Report on vaccination proceedings throughout the Government of Bengal -
Year: 1868
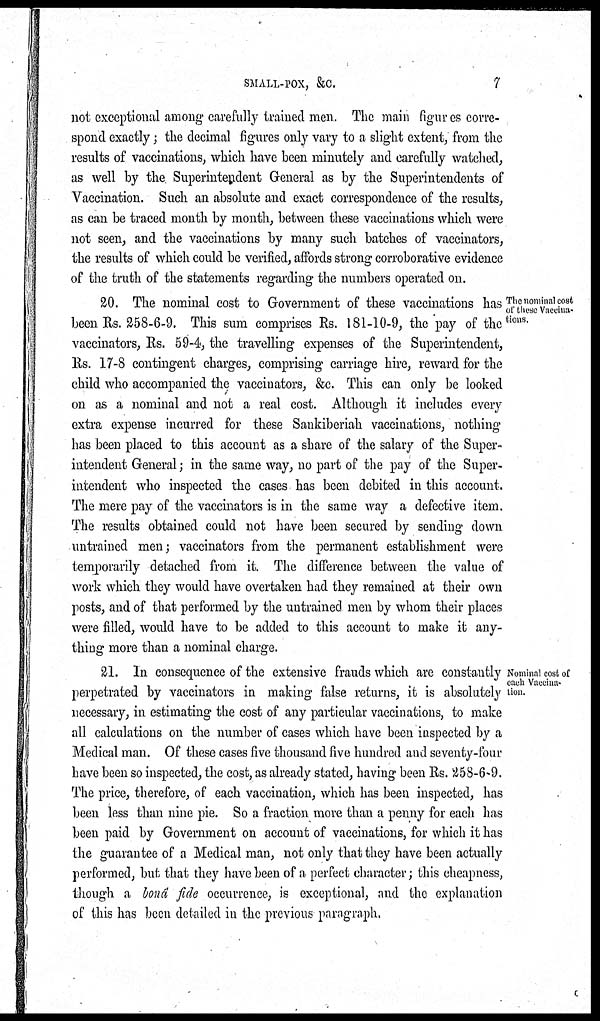
SMALL-POX, &C.
7
not exceptional among carefully trained men. The main figures corre-
spond exactly; the decimal figures only vary to a slight extent, from the
results of vaccinations, which have been minutely and carefully watched,
as well by the Superintendent General as by the Superintendents of
Vaccination. Such an absolute and exact correspondence of the results,
as can be traced month by month, between these vaccinations which were
not seen, and the vaccinations by many such batches of vaccinators,
the results of which could be verified, affords strong corroborative evidence
of the truth of the statements regarding the numbers operated on.
The nominal cost
of these Vaccina-
tions.
20. The nominal cost to Government of these vaccinations has
been Rs. 258-6-9. This sum comprises Rs. 181-10-9, the pay of the
vaccinators, Rs. 59-4, the travelling expenses of the Superintendent,
Rs. 17-8 contingent charges, comprising carriage hire, reward for the
child who accompanied the vaccinators, &c. This can only be looked
on as a nominal and not a real cost. Although it includes every
extra expense incurred for these Sankiberiah vaccinations, nothing
has been placed to this account as a share of the salary of the Super-
intendent General; in the same way, no part of the pay of the Super-
intendent who inspected the cases has been debited in this account.
The mere pay of the vaccinators is in the same way a defective item.
The results obtained could not have been secured by sending down
untrained men; vaccinators from the permanent establishment were
temporarily detached from it. The difference between the value of
work which they would have overtaken had they remained at their own
posts, and of that performed by the untrained men by whom their places
were filled, would have to be added to this account to make it any-
thing more than a nominal charge.
Nominal cost of
each Vaccina-
tion.
21. In consequence of the extensive frauds which are constantly
perpetrated by vaccinators in making false returns, it is absolutely
necessary, in estimating the cost of any particular vaccinations, to make
all calculations on the number of cases which have been inspected by a
Medical man. Of these cases five thousand five hundred and seventy-four
have been so inspected, the cost, as already stated, having been Rs. 258-6-9.
The price, therefore, of each vaccination, which has been inspected, has
been less than nine pie. So a fraction more than a penny for each has
been paid by Government on account of vaccinations, for which it has
the guarantee of a Medical man, not only that they have been actually
performed, but that they have been of a perfect character; this cheapness,
though a bonâ fide occurrence, is exceptional, and the explanation
of this has been detailed in the previous paragraph.